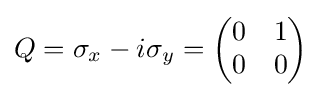
Q=\sigma _{x}-i\sigma _{y}={\begin{pmatrix}0&1\\0&0\end{pmatrix}}